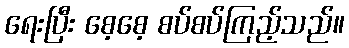
ရေးပြီး စေ့စေ့ စပ်စပ်ကြည့်သည်။